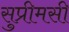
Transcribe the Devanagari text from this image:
सुप्रीमसी